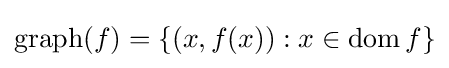
\operatorname {graph} {\!(f)}=\{(x,f(x)):x\in \operatorname {dom} f\}